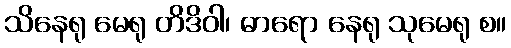
သိနေရု မေရု တိဒိဝါ၊ ဓာရော နေရု သုမေရု စ။